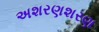
અશરણશરણ